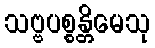
သဗ္ဗပစ္စန္တိမေသု